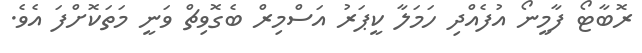
ރޮބާޓޯ ފާމީނޯ އުފެއްދި ހަމަލާ ކީޕަރު އަސްމިރް ބެގޮވިޗް ވަނީ މަތަކޮށްފަ އެވެ.